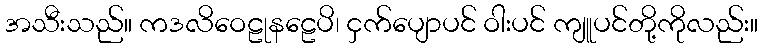
အသီးသည်။ ကဒလိဝေဠုနဠေပိ၊ ငှက်ပျောပင် ဝါးပင် ကျူပင်တို့ကိုလည်း။